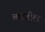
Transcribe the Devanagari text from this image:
बघतील